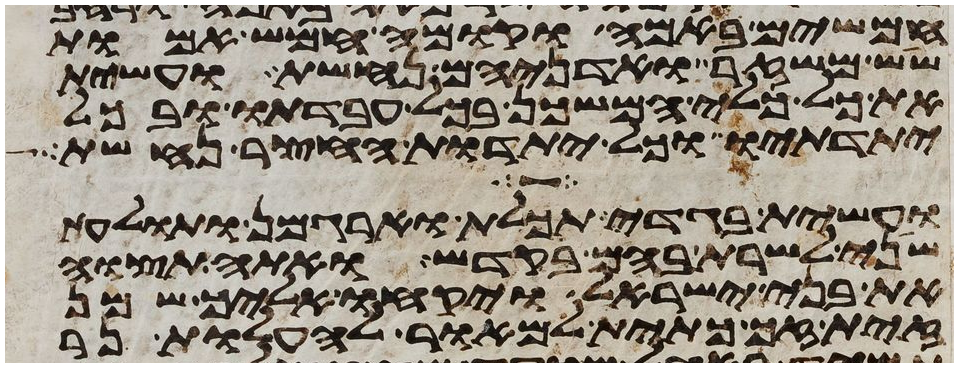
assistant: חמשים באמה וקומה חמש אמות
שש משזר ואדניהם נחשת ועשית
את כל כלי המשכן בכל עבדתו ובכל
יתדתיו וכל יתדות החצר נחשת
ועשית בגדי תכלת וארגמן ותולעת
שני לשרת בהם בקדש ואתה תצוה
את בני ישראל ויקחו אליך שמן
זית זך כתית למאור להעלות נר